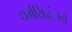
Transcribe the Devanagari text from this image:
धर्मसिद्धंातों